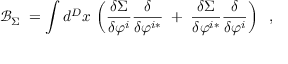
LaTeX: \mathcal { B } _ { \Sigma } \; = \int d ^ { D } x \, \left( \frac { \delta \Sigma } { \delta \varphi ^ { i } } \frac \delta { \delta \varphi ^ { i * } } \; + \; \frac { \delta \Sigma } { \delta \varphi ^ { i * } } \frac \delta { \delta \varphi ^ { i } } \right) \; \; ,